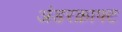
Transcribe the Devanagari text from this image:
अंडरक्राफ्ट